Lunatic asylums Madras 1892-1911 - 1892-1911
Year: 1892
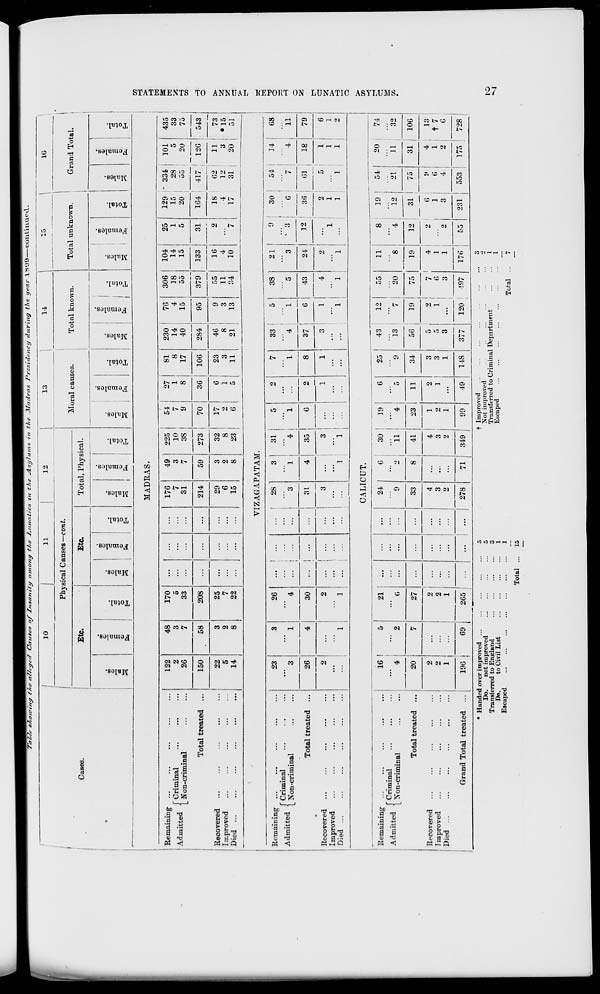
Ttrltfr s7,o/v/nr/ t/te a7fegrrf Causes of Insanity amony tfte At entities t'n the ^Lsytums in the JIadrax Presidency during the year l**y9
con tinned.
1
10
11
12
,
13
14
Total unknown.
10
1
1
1
j
Physical C anses—cont.
Moral causes.
Total known.
Grand Total.
1"
Cases.
•
Etc.
1
Etc.
Total, Physical.
m
O
s
3
00
a
g
S
fa
o
m
V
to
a
9
fa
o
m
o
"a
m
3 m
fa
1
i P
to
to
£
a
CD
fa
'a
o
H
i » ,
o
S
"3
_:
0
fl
cr
a
fa i t3
0
to
0
S
1
fa
"5
0
to
IS
3
ED
a
fa
*3
0
MADRAS.
73
s
t-3
a
CO
Remaining ...
, j .
, f Criminal
Admitted \ XT
. . ,
L Non-criminal
Total treated ...
Recovered
Improved
Died ...
...
...
122
2
26
48
3
7
58
170
5
33
...
...
176
7
31
49
3
7
225
10
38
1
54
7
9
27
1
8
I
81
i
17
230
14
40
76
4
15
306
18
55
379
104
14
15
25
1
5
129
15
20
• 334
28
55
101
5
20
126
435
33
75
543
150
208
...
214
59
273
32
8
23
70
36
106
284
95
133
31
2
7
164
41/
O
22
5
14
3
2
8
1
25
7
22
...
...
29
6
15
3
2
8
1
6
1
6
1
1 5
23
3
11
46
8
21
9
3
13
55
11
34
16
4
10
18
4
17
62
12
31
11
*
20
73
•15
51
>
C5
VIZAGAPATAM.
s
0
H
O
Remaining ...
. , .
, f Criminal
Admitted \ x -
- - ,
LNon-cnmiual
Total treated ...
Recovered
Improved
Died ..,
23
3
3
1
26
4
!
...
28
3
3
...
1
31
"4 i
5
1
2
7
I
8
33 •
5
4
1
38
5
21
3
9
' 3
30
i
6
36
54
...
7
14
! -.
4
68
11
26
2
4
30
1
31
4
35
6
...
2
37 |
6
43
4
1
24
2
1
12
-
61 1 18 79
Q
1
2
...
1
1
...
3
1
3
"l
1
1
3 !
1
'..'.
"l
j I
1
5
1
1
1
1
6
1
2
CALICUT.
>
CO
Remaining
Admitted f°r iminal . ,
1 Non-criminal
Total treated ...
Recovered
Improved
Died
Grand Total treated ... |
16
' 4
5
2
21
(i
...
...
...
24
9
6
"' 2
30 '
"ll
19
-4
6
5
25
9
43
12
"13
"'7
55
20
11
8
19
4
1
1
8
4
19
12
31
(i
1 j
3 |
54
21
20 i
11
'74
32
1—i
ZTu
20
7
27
33
8
41
4 I
3 j
2
23
1
2
1
11
34
56
19!
1
75
7
6
3
12
75
6
4
31 j 106
2
2
1
...
i
2 |
2 ;
1 j
...
...
...
4
3
2
...
2
1
3
3
1
5 .
5
3
2'
l!
...
2
... 1
2
4 ;
1
2 I
13
t 7
6
196 i
69
i
i
2G5 1
i ...
...
278
71
349 1 99
49
148
377
120
497
176
55
231
553 1
728
1
• Handeo
Do.
Transfe
Do.
Eseapei
over impn
not im]
rred to Eni
to Civ
I
Jved ...
iroved
rlnnd
1 List
...
5
3
1
1
1 ■ Improved
Not improved
...
Transferred to Criminal Department
Escaped
Total .
3
1
1
7
to
"VI
Total